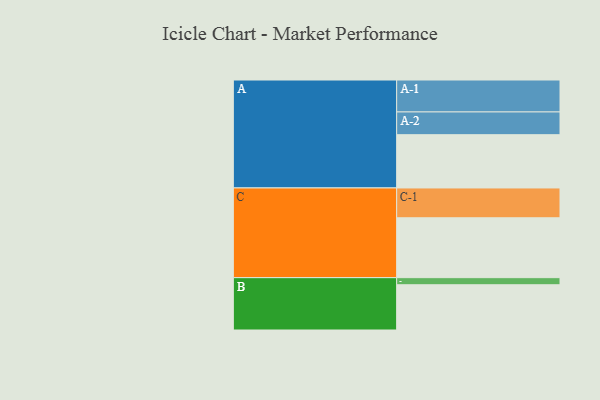
{"axis": {"x": "Segment", "y": "Value"}, "legend": ["", "A", "B", "C"], "data": [{"x": "A", "y": 452, "type": ""}, {"x": "B", "y": 384, "type": ""}, {"x": "C", "y": 508, "type": ""}, {"x": "A-1", "y": 271, "type": "A"}, {"x": "A-2", "y": 193, "type": "A"}, {"x": "B-1", "y": 60, "type": "B"}, {"x": "C-1", "y": 253, "type": "C"}]}